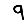
Digit: 9